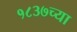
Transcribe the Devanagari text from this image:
१८३७च्या